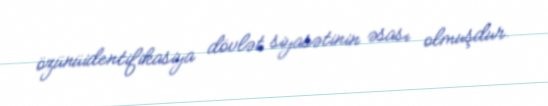
özünüidentifikasiya dövlət siyasətinin əsası olmuşdur.